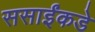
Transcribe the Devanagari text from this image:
ससाईंकडे